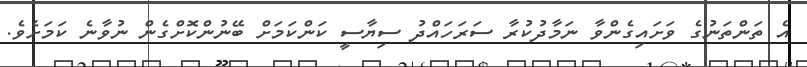
އެ ތަންތަނުގެ ވަށައިގެންވާ ނަމާދުކުރާ ސަރަހައްދު ސިޔާސީ ކަންކަމަށް ބޭނުންކޮށްގެން ނުވާނެ ކަމަށެވެ.